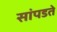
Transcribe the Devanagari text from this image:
सांपडते